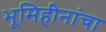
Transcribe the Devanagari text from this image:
भूमिहीनांचा